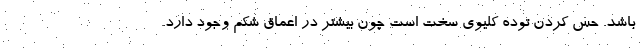
باشد. حس کردن توده کلیوی سخت است چون بیشتر در اعماق شکم وجود دارد.